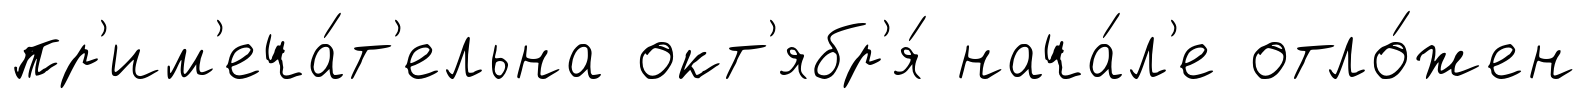
пр'им'еча́т'ельна окт'ябр'я́ нача́л'е отло́жен